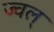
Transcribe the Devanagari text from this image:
ज्वल्